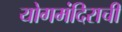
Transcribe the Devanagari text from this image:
योगमंदिराची